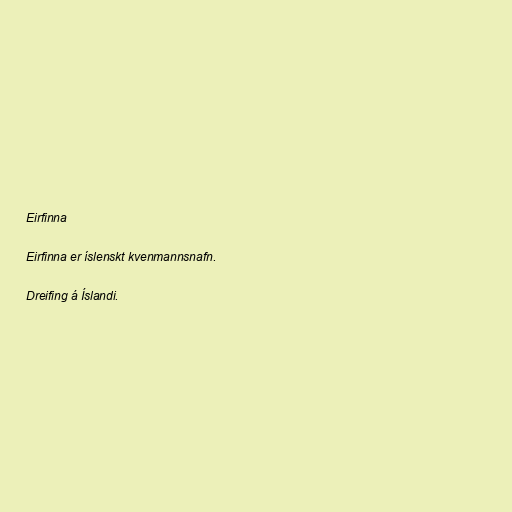
Eirfinna

Eirfinna er íslenskt kvenmannsnafn.

Dreifing á Íslandi.